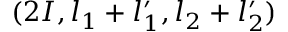
( 2 I , l _ { 1 } + l _ { 1 } ^ { \prime } , l _ { 2 } + l _ { 2 } ^ { \prime } )